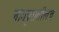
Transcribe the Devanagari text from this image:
नागपुरातीलच